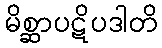
မိစ္ဆာပဋိပဒါတိ